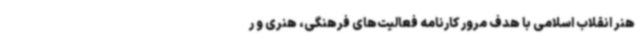
هنر انقلاب اسلامی با هدف مرور کارنامه فعالیت‌های فرهنگی، هنری و ر